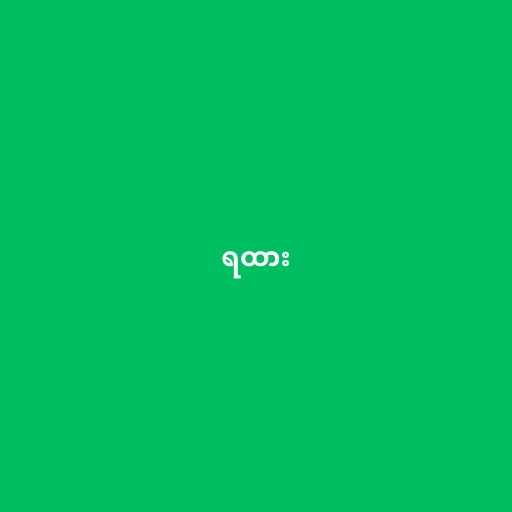
ရထား